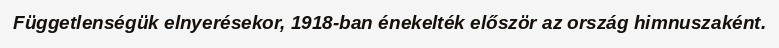
Függetlenségük elnyerésekor, 1918-ban énekelték először az ország himnuszaként.